Annual administration report of the Civil Veterinary Department of India - 1894-1895
Year: 1894
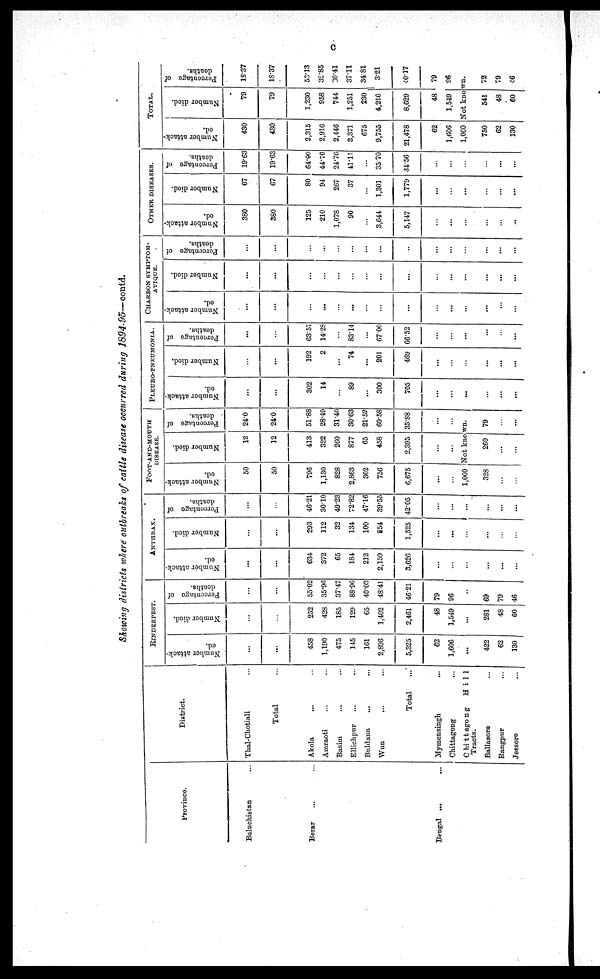
c
Showing districts where outbreaks of cattle disease occurred during 1894-95—contd.
Province.
Baluchistan ...
Berar ... ...
Bengal ...
...
District.
Thal-Chotiali ...
Total ...
Akola ... ...
Amraoti
...
...
Basim
...
...
Ellichpur
...
...
Buldana
...
...
Wun
...
...
Total
...
Mymensingh
...
Chittagong
...
Chittagong
Hill
Tracts.
Ballasore
...
Rangpur
...
Jessore
...
RINDERPEST.
Number attack-
ed.
...
...
458
1,190
475
145
161
2,896
5,325
62
1,606
...
422
62
130
Number died.
...
...
252
428
185
129
65
1,402
2,461
48
1,549
...
281
48
60
Percentage of
deaths.
...
...
55.02
35.96
37.47
88.96
40.03
48.41
46.21
79
96
...
69
79
46
ANTHRAX.
Number attack-
ed.
...
...
634
372
65
184
212
2,159
3,626
...
...
...
...
...
...
Number died.
...
...
293
112
32
134
100
854
1,525
...
...
...
...
...
...
Percentage of
deaths.
...
...
46.21
30.10
49.23
72.82
47.16
39.55
42.05
...
...
...
...
...
...
FOOT-AND-MOUTH
DISEASE.
Number attack-
ed.
50
50
796
1,130
828
2,863
302
756
6,675
...
...
1,000
328
...
...
Number died.
12
12
413
322
260
877
65
458
2,395
...
...
Percentage of
deaths.
24.0
24.0
51.88
28.49
31.40
30.63
21.52
60.58
35.88
...
...
Not known.
260
...
...
79
...
...
PLEURO-PNEUMONIA.
Number attack-
ed.
...
...
302
14
...
89
...
300
705
...
...
...
...
...
...
Number died.
...
...
192
2
...
74
...
201
469
...
...
...
...
...
...
Percentage of
deaths.
...
...
63.57
14.28
...
83.14
...
67.00
66.52
...
...
...
...
...
CHARBON SYMPTON¬
ATIQUE.
Number attack-
ed.
...
...
...
...
...
...
...
...
...
...
...
...
...
...
...
Number died.
...
...
...
...
...
...
...
...
...
...
...
...
...
...
...
Percentage of
deaths.
...
...
...
...
...
...
...
...
...
...
...
...
...
...
...
OTHER
DISEASES.
Number attack-
ed.
380
380
125
210
1,078
90
...
3,644
5,147
...
...
...
...
...
..
Number died.
67
67
80
94
267
37
...
1,301
1,779
...
...
...
...
...
...
Percentage of
deaths.
19.63
19.63
64.00
44.76
24.76
41.11
...
35.70
34.56
...
...
...
...
...
...
TOTAL.
Number attack-
ed.
430
430
2,315
2,916
2,446
3,371
675
9,755
21,478
62
1,606
1,000
750
62
130
Number died.
79
79
1,230
958
744
1,251
230
4,216
8,629
48
1,549
Percentage of
deaths.
18.37
18.37
53.13
32.85
30.41
37.11
34.81
3.21
40.17
79
96
Not known.
541
48
60
72
79
46